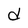
Character: d